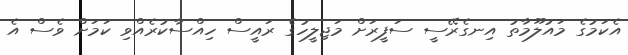
އެކަމުގެ މައުލޫމާތު އިނގެރޭސީ ސަފީރަށް މަޖިލީހުގެ ރައީސް ހިއްސާކުރެއްވި ކަމަށް ވެސް އެ